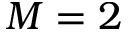
M = 2